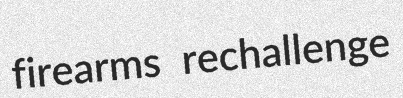
firearms rechallenge